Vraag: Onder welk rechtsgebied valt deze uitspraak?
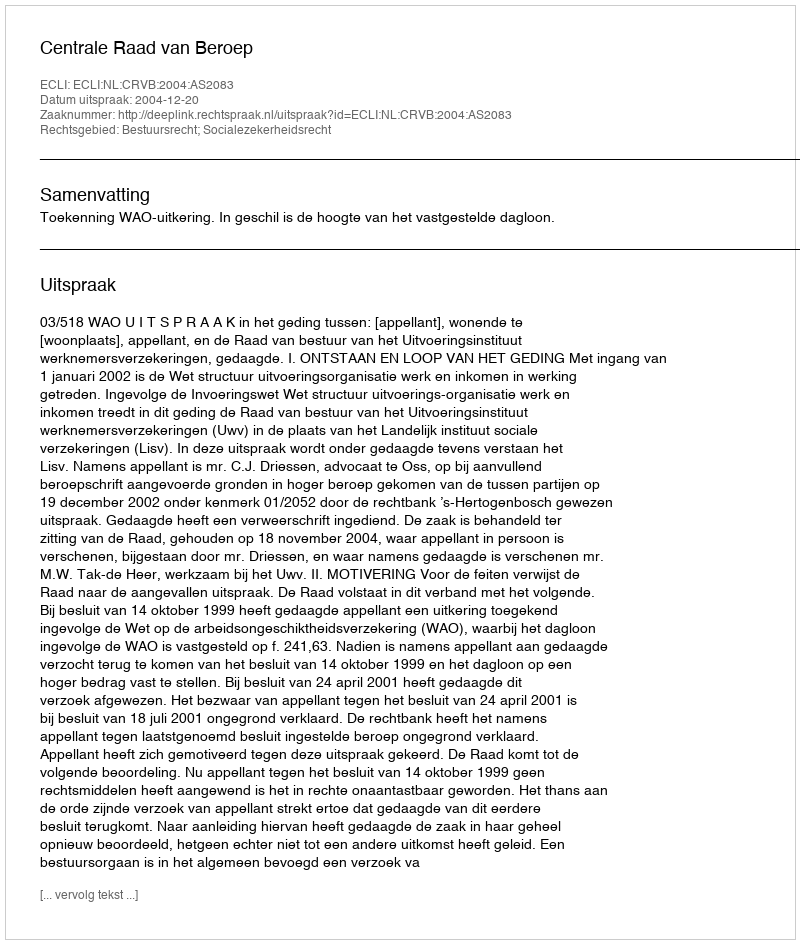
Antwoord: Bestuursrecht; Socialezekerheidsrecht